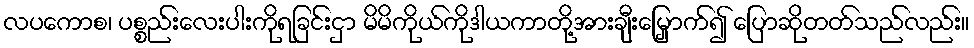
လပကောစ၊ ပစ္စည်းလေးပါးကိုရခြင်းငှာ မိမိကိုယ်ကိုဒါယကာတို့အားချီးမြှောက်၍ ပြောဆိုတတ်သည်လည်း။